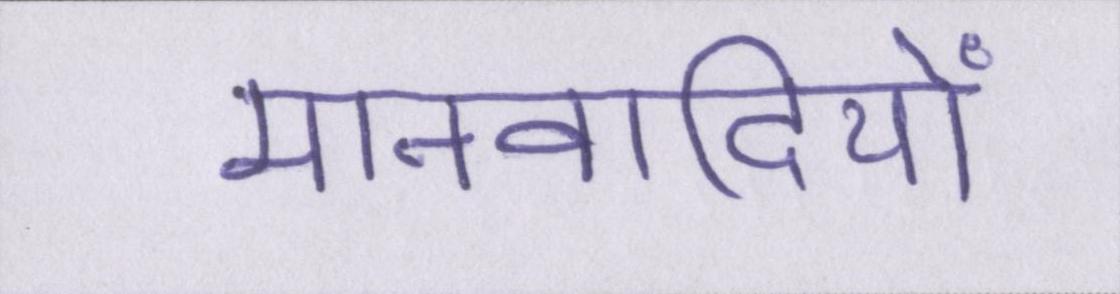
मानवादियों